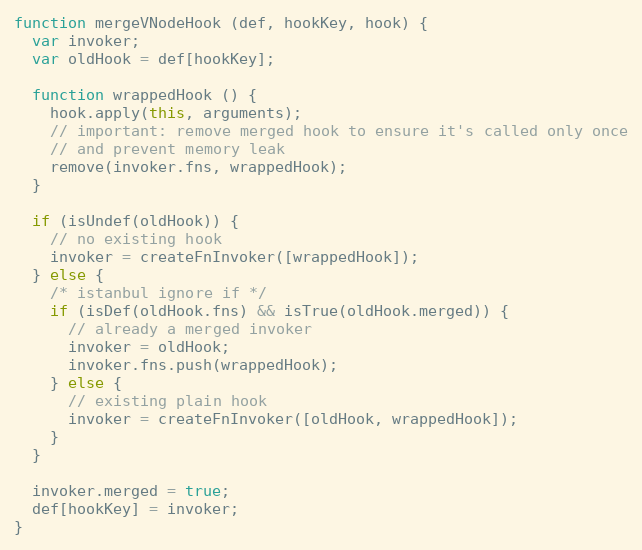
Language: JavaScript
function mergeVNodeHook (def, hookKey, hook) {
  var invoker;
  var oldHook = def[hookKey];

  function wrappedHook () {
    hook.apply(this, arguments);
    // important: remove merged hook to ensure it's called only once
    // and prevent memory leak
    remove(invoker.fns, wrappedHook);
  }

  if (isUndef(oldHook)) {
    // no existing hook
    invoker = createFnInvoker([wrappedHook]);
  } else {
    /* istanbul ignore if */
    if (isDef(oldHook.fns) && isTrue(oldHook.merged)) {
      // already a merged invoker
      invoker = oldHook;
      invoker.fns.push(wrappedHook);
    } else {
      // existing plain hook
      invoker = createFnInvoker([oldHook, wrappedHook]);
    }
  }

  invoker.merged = true;
  def[hookKey] = invoker;
}